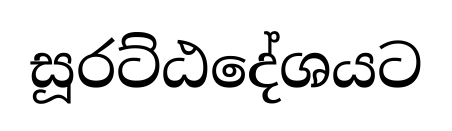
සූරට්ඨදේශයට